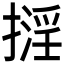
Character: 𢴏